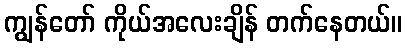
ကျွန်တော် ကိုယ်အလေးချိန် တက်နေတယ်။